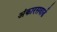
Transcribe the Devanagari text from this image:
अंकारसवार्ड